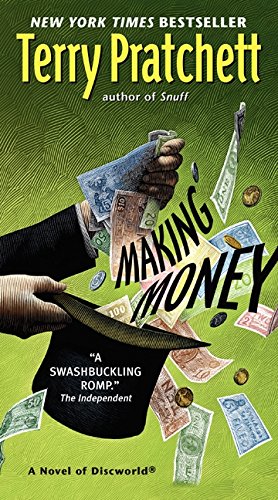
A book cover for Making Money: A Novel of Discworld; Terry Pratchett; Science Fiction & Fantasy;